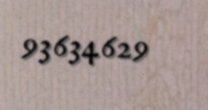
93634629